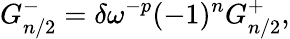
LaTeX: G_{n/2}^{-}=\delta\omega^{-p}(-1)^{n}G_{n/2}^{+},